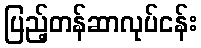
ပြည့်တန်ဆာလုပ်ငန်း